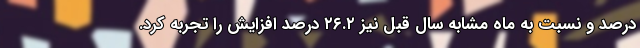
درصد و نسبت به ماه مشابه سال قبل نیز ۲۶.۲ درصد افزایش را تجربه کرد.